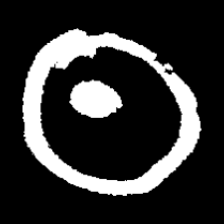
Pyu character \u2014 Myanmar letter: ထ (romanized: tha)